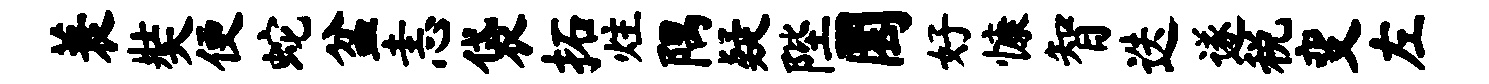
蓑奘便蛇盆恚袋拓炷隅疑陛圜好慷智迭遂税变左